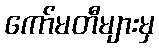
ကော်မတီများမှ